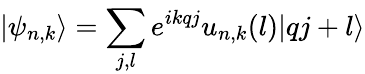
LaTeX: |{\psi_{n,k}}\rangle=\sum_{j,l}^{}{{e^{ikqj}}{u_{n,k}(l)}|qj+l\rangle}